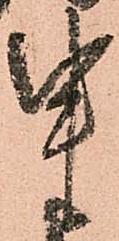
申